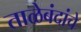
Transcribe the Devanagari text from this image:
ताळेबंदांचे